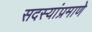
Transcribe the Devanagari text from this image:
सदस्यांप्रमाणे